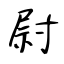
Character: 尉